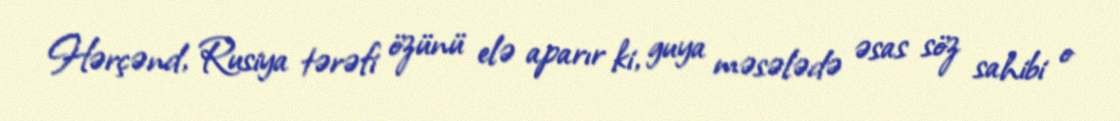
Hərçənd, Rusiya tərəfi özünü elə aparır ki, guya məsələdə əsas söz sahibi o